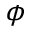
\phi